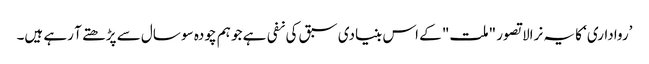
’رواداری‘ کا یہ نرالا تصور "ملت" کے اس بنیادی سبق کی نفی ہے جو ہم چودہ سو سال سے پڑھتے آ رہے ہیں۔